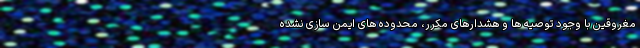
مغروقین با وجود توصیه ها و هشدارهای مکرر، محدوده های ایمن سازی نشده